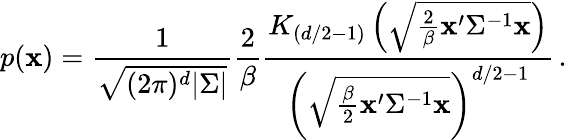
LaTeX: p({\mathbf x})=\frac{1}{\sqrt{(2\pi)^{d}|\Sigma|}}\frac{2}{\beta}\frac{K_{(d/2-1)}\left(\sqrt{\frac{2}{\beta}{\mathbf x^{\prime}}\Sigma^{-1}{\mathbf x}}\right)}{\left(\sqrt{\frac{\beta}{2}{\mathbf x^{\prime}}\Sigma^{-1}{\mathbf x}}\right)^{d/2-1}}\, .